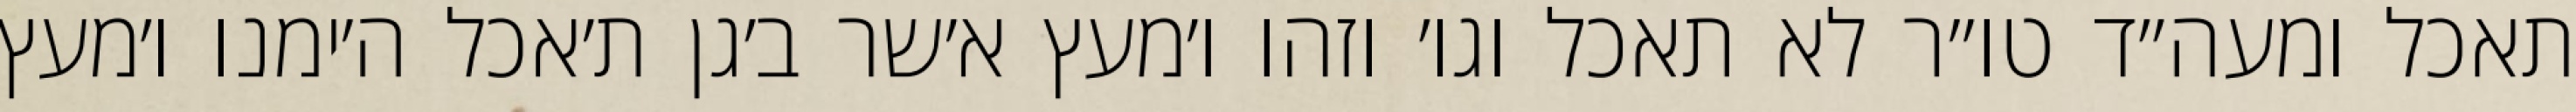
תאכל ומעה״ד טו״ר לא תאכל וגו׳ וזהו ו׳מעץ א׳שר ב׳גן ת׳אכל ה׳ימנו ו׳מעץ